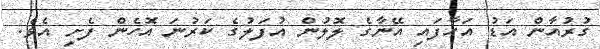
ގުރުއާން އަޑު އަހާފައި އޭނާގެ ލޮލުން އުފަލުގެ ކަރުނަ އޮހެން ފެށި އެވެ.